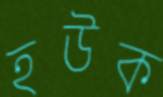
হউক